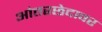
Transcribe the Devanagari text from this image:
आंतरछेदावर